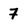
Character: 7